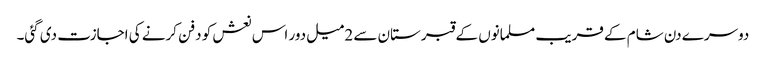
دوسرے دن شام کے قریب مسلمانوں کے قبرستان سے 2میل دور اس نعش کو دفن کرنے کی اجازت دی گئی۔